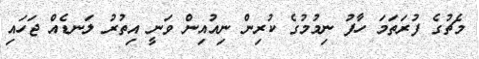
މެޗުގެ ފުރަތަމަ ހާފު ނިމުމުގެ ކުރިން ނިއުއިން ވަނީ އިތުރު ލަނޑެއް ޖަހައި